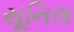
સૂનિલ